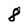
Character: 8